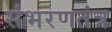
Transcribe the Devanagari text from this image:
संभरणतंत्र